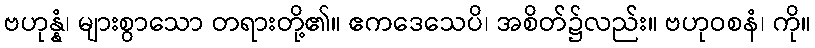
ဗဟုန္နံ၊ များစွာသော တရားတို့၏။ ဧကဒေသေပိ၊ အစိတ်၌လည်း။ ဗဟုဝစနံ၊ ကို။